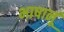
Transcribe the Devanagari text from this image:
भाषानूं